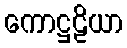
ကောဋ္ဌဠိယာ